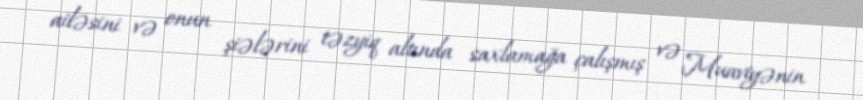
ailəsini və onun şiələrini təzyiq altında saxlamağa çalışmış və Muaviyənin